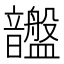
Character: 𥃚